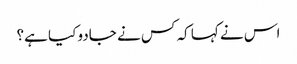
اس نے کہا کہ کس نے جادو کیا ہے؟